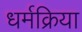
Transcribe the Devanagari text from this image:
धर्मक्रिया